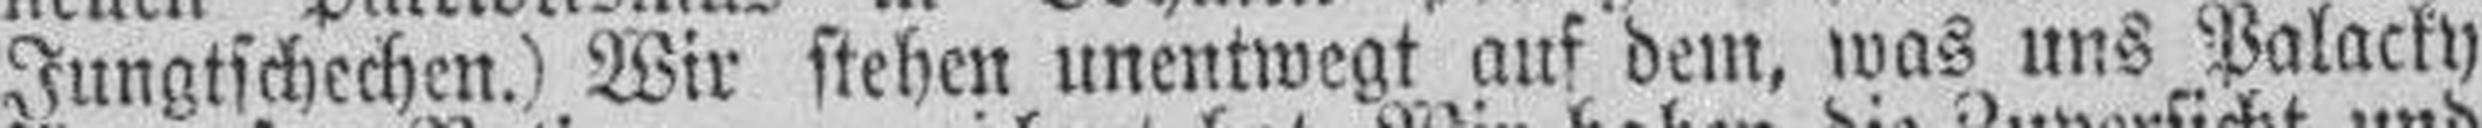
Jungtschechen.) Wir stehen unentwegt auf dem, was uns Palacky